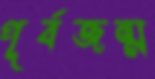
পূর্বজন্ম